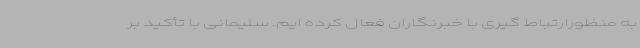
به منظورارتباط گیری با خبرنگاران فعال کرده ایم. سلیمانی با تأکید بر